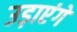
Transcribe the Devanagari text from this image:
उड़ाएंगे